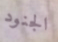
الجنود